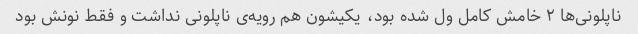
ناپلونی‌ها ۲ خامش کامل ول شده بود، یکیشون هم رویه‌ی ناپلونی نداشت و فقط نونش بود